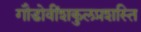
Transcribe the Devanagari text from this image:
गौडोवींशकुलप्रशस्ति